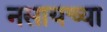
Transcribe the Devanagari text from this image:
नसायच्या